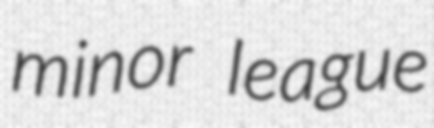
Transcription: minor league